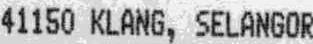
41150 KLANG, SELANGOR